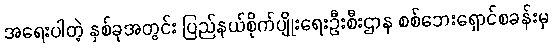
အရေးပါတဲ့ နှစ်ခုအတွင်း ပြည်နယ်စိုက်ပျိုးရေးဦးစီးဌာန စစ်ဘေးရှောင်စခန်းမှ